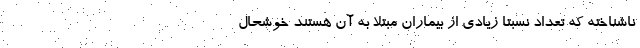
ناشناخته که تعداد نسبتاً زیادی از بیماران مبتلا به آن هستند خوشحال